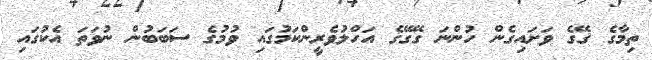
ތިމާގެ ގޭގެ ވަށައިގެން ހުންނަ ގޭގޭގެ އަހްލުވެރީންކަމުގައި ވުމުގެ ސަބަބުން ނުވަތަ އެކުގައި